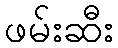
ဖမ်းဆီး